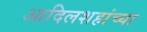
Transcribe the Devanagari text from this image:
आदिलशहांच्या